Rae_vallavalitsus, lk 4
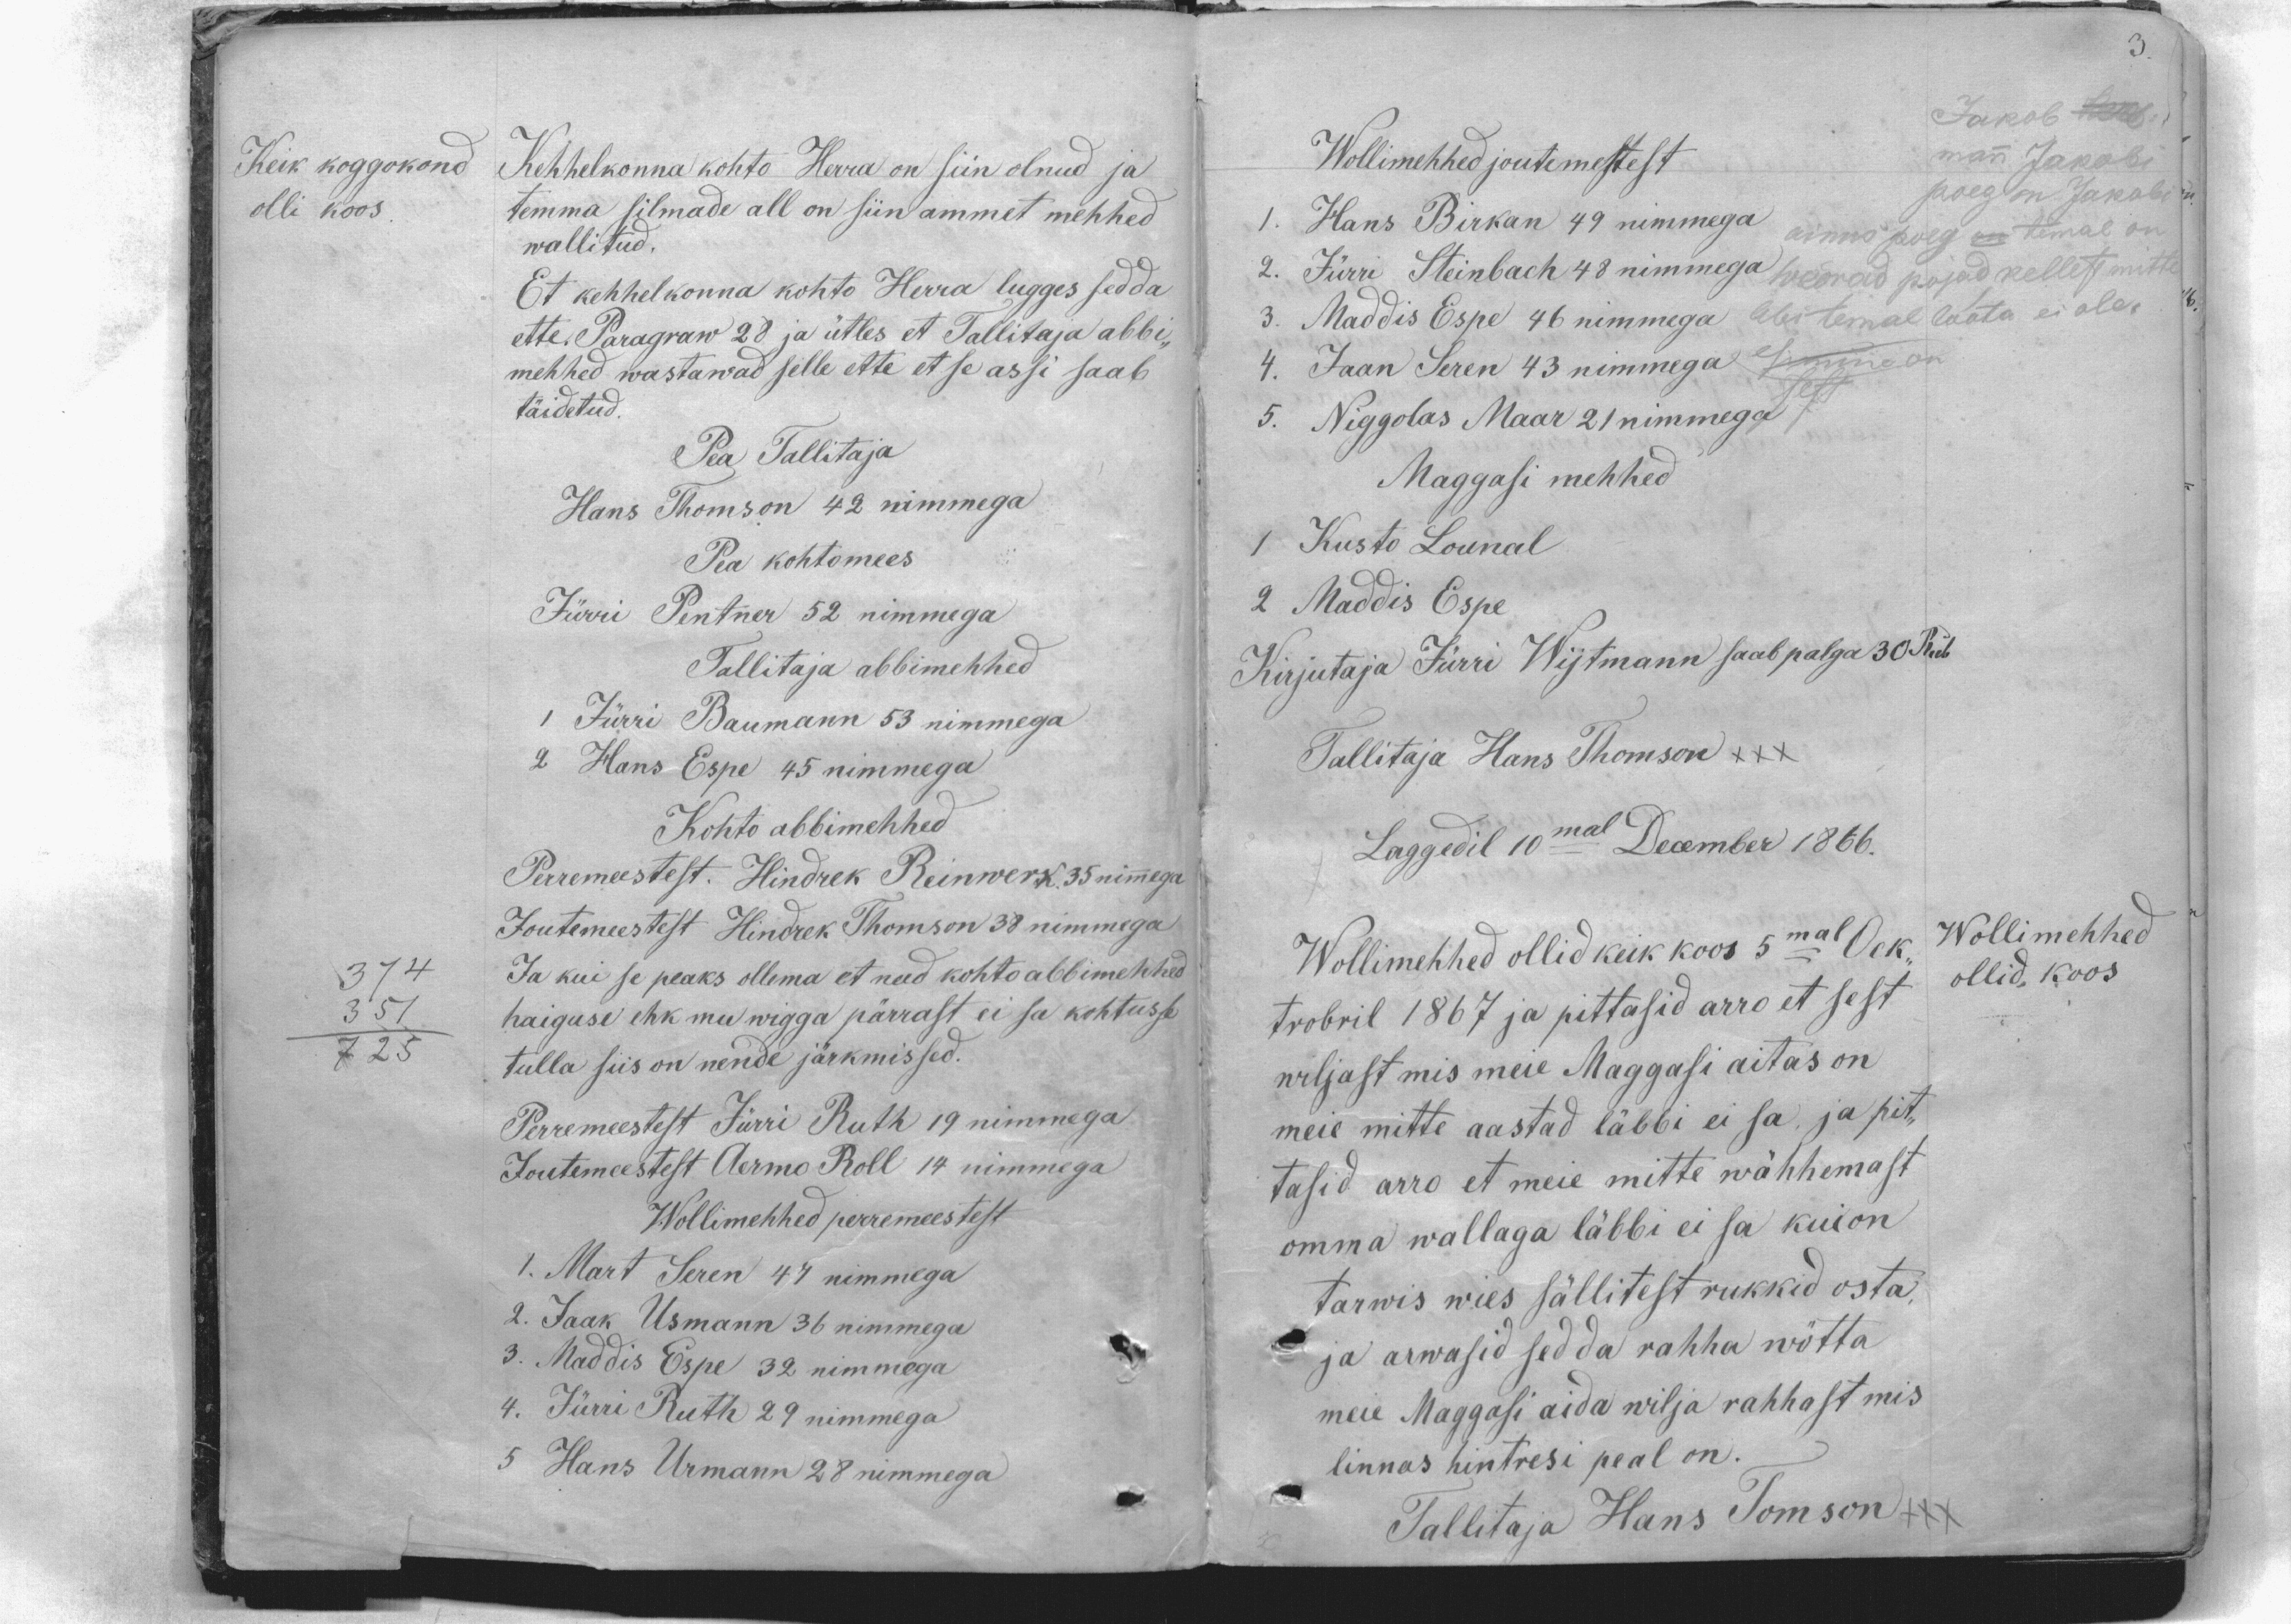
Keik koggokond
olli koos.
Kehhelkonna kohto Herra on siin olnud ja
temma silmade all on siin ammet mehhed
wallitud.
Et kehhelkonna kohto Herra lugges sedda
ette. Paragraw 28 ja ütles et Tallitaja abbi-
mehhed wastawad selle ette et se assi saab
täidetud.
Pea Tallitaja
Hans Thomson 42 nimmega
Pea kohtomees
Jürri Pentner 52 nimmega
Tallitaja abbimehhed
1 Jürri Baumann 53 nimmega
2 Hans Espe 45 nimmega
Kohto abbimehhed
Perremeestest. Hindrek Reinwerk. 35 nimmega
Joutemeestest. Hindrek Thomson 38 nimmega
Ja kui se peaks ollema et need kohto abbimehhed
374
haiguse ehk mu wigga pärrast ei sa kohtusse
251
tulla siis on nende järkmissed.
725
Perremeestest Jürri Ruth 19 nimmega
Joutimeestest Aermo Roll 14 nimmega
Wollimehhed perremeestest
1. Mart Seren 47 nimmega
2. Jaak Usmann 36 nimmega
3. Maddis Espe 32 nimmega
4. Jürri Ruth 29 nimmega
5 Hans Urmann 28 nimmega

3.
Jakob Ker-,
Wollimehhed joutemestest
mann Jakobi
poeg on Jakobi
1. Hans Birkan 49 nimmega
ainno poeg on temal on
2. Jürri Steinbach 48 nimmega
wõerad pojad, kellest mitte
3. Maddis Espe 46 nimmega
abi temal loota ei ole.
4. Jaan Seren 43 nimmega
esimine on
5. Niggolas Maar 21 nimmega
Maggasi mehhed
1 Kusto Lounal
2 Maddis Espe
Kirjutaja Jürri Wijtmann saab palga 30 Rub
Tallitaja Hans Thomson XXX
Laggedil 10mal December 1866.
Wollimehhed
Wollimehhed ollid keik koos 5mal Oek-
trobril 1867 ja pittasid arro et sest
wiljast mis meie Maggasi aitas on
meie mitte aastad läbbi ei sa, ja pit-
tasid arro et meie mitte wähhemast
omma wallaga läbbi ei sa kui on
tarwis wies sällitest rukkid osta,
ja arwasid sedda rahha wötta
meie Maggasi aida wilja rahhast mis
linnas hintresi peal on.
Tallitaja Hans Tomson XXX
ollid, koos